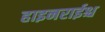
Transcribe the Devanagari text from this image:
हाइनराईश्च